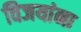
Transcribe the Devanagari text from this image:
विजयांना